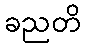
ခညတိ